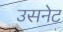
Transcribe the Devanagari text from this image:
उसनेट